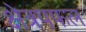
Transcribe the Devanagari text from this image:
क्षेत्रपफल